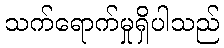
သက်ရောက်မှုရှိပါသည်